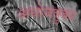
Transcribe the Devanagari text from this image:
अधोजत्रुका